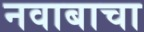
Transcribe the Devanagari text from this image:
नवाबाचा